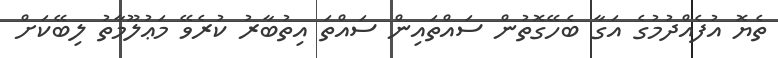
ތެޔޮ އުފެއްދުމުގެ އަގާ ބެހޭގޮތުން ސައްތައިން ސައްތަ އިތުބާރު ކުރެވޭ މަޢުލޫމާތު ލިބޭކަށް